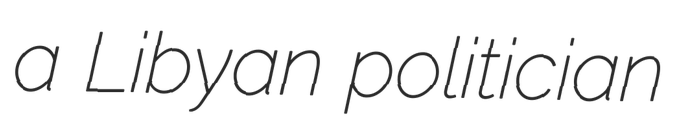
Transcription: a Libyan politician